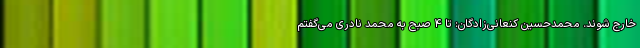
خارج شوند. محمدحسین کنعانی‌زادگان: تا ۴ صبح به محمد نادری می‌گفتم